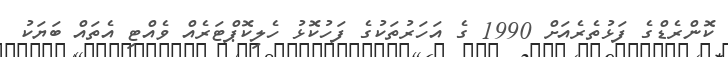
ކޮންރެޑްގެ ފަޅުތެރެއަށް 1990 ގެ އަހަރުތަކުގެ ފަހުކޮޅު ހެލިކޮޕްޓަރެއް ވެއްޓި އެތައް ބަޔަކު